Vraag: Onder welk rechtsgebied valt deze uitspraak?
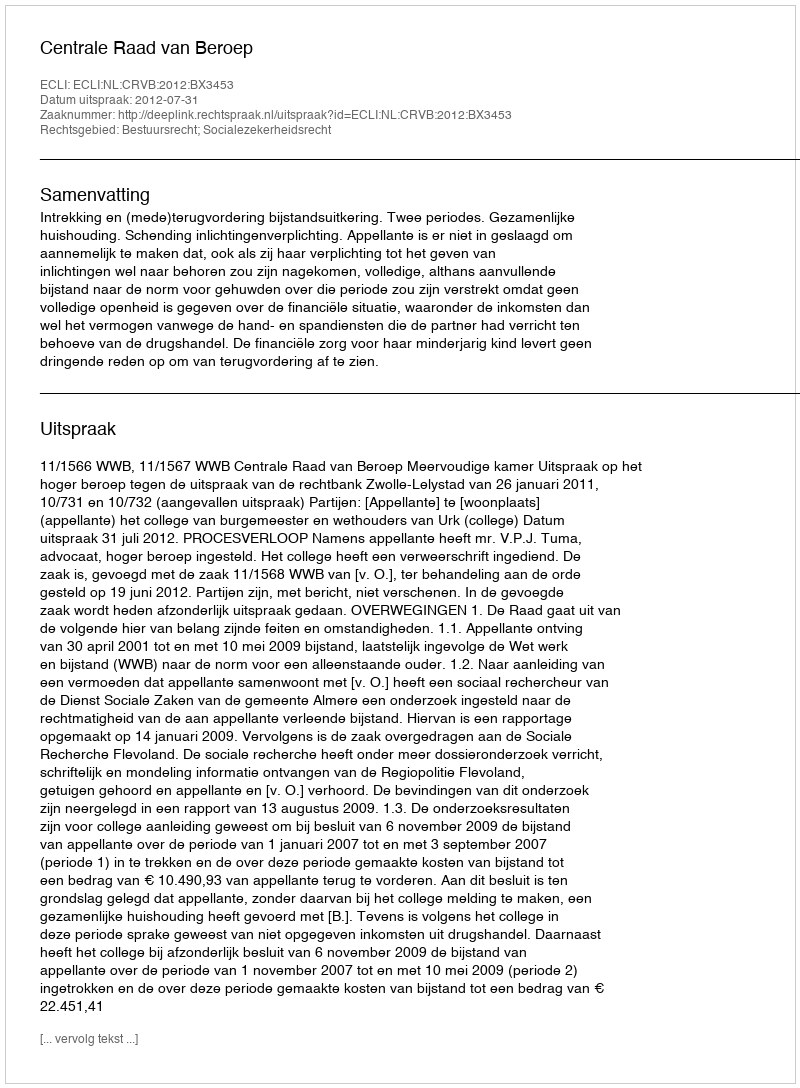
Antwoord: Bestuursrecht; Socialezekerheidsrecht